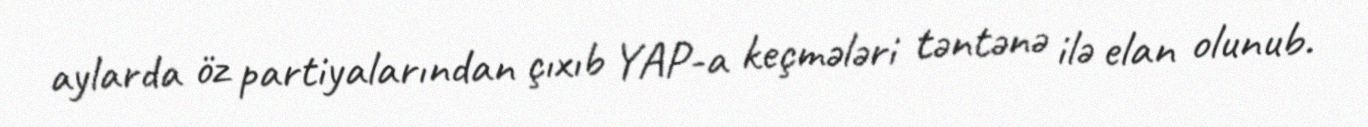
aylarda öz partiyalarından çıxıb YAP-a keçmələri təntənə ilə elan olunub.